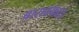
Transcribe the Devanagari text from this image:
बारावफात